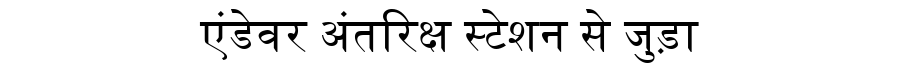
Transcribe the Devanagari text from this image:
एंडेवर अंतरिक्ष स्टेशन से जुड़ा